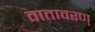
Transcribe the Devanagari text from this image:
वातावरण्